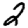
Digit: 2